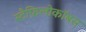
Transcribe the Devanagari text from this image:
स्टैफ़िलोकॉबस